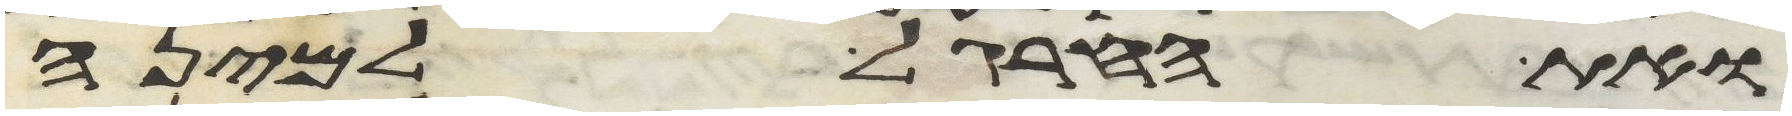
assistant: ואת החרגל למינה